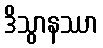
ဒိသွာနဿာ